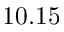
1 0 . 1 5